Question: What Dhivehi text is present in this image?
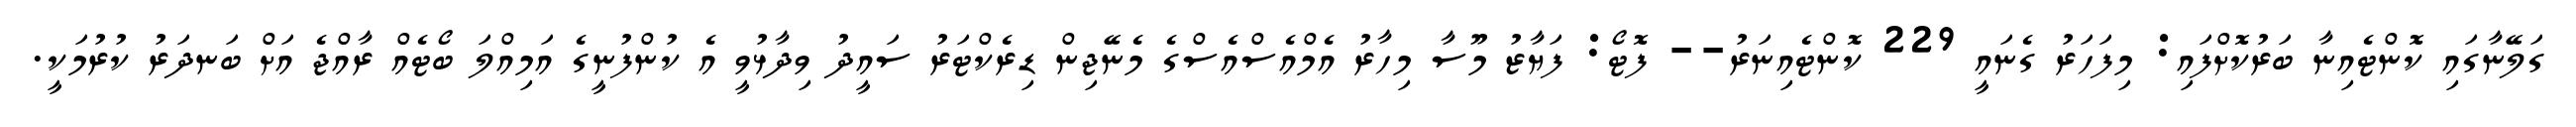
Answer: ގަލޭނާގައި ކޮންޓެއިނާ ބަރުކޮށްފައި: މިފަހަރު ގެނައީ 229 ކޮންޓެއިނަރު-- ފޮޓޯ: ފަޔާޒު މޫސާ މިހާރު އެމްއެސްއެސްގެ މެނޭޖިން ޑިރެކްޓަރު ސައީދު ވިދާޅުވީ އެ ކުންފުނީގެ އަމިއްލަ ބޯޓެއް ރާއްޖެ އަށް ބަނދަރު ކުރުމަކީ.